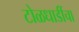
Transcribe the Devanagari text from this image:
टोळधाडींचा